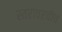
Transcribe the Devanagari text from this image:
स्तरावरचीच